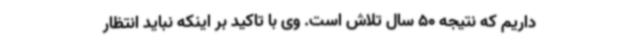
داریم که نتیجه 50 سال تلاش است. وی با تاکید بر اینکه نباید انتظار